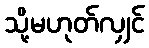
သို့မဟုတ်လျှင်